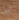
أين